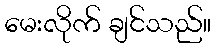
မေးလိုက် ချင်သည်။